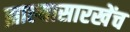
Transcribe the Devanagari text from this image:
झाल्यासारखेंच